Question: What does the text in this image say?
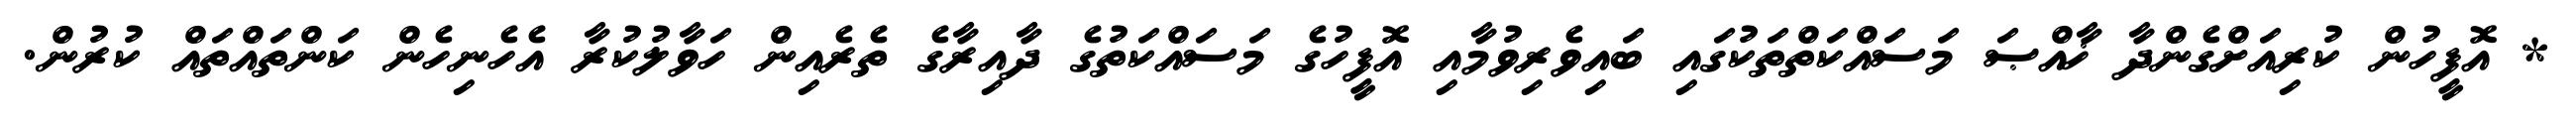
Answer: * އޮފީހުން ކުރިއަށްގެންދާ ޚާއްޞަ މަސައްކަތްތަކުގައި ބައިވެރިވުމާއި އޮފީހުގެ މަސައްކަތުގެ ދާއިރާގެ ތެރެއިން ހަވާލުކުރާ އެހެނިހެން ކަންތައްތައް ކުރުން.